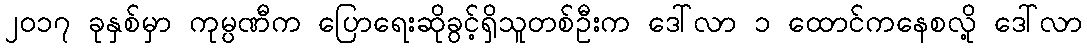
၂၀၁၇ ခုနှစ်မှာ ကုမ္ပဏီက ပြောရေးဆိုခွင့်ရှိသူတစ်ဦးက ဒေါ်လာ ၁ ထောင်ကနေစလို့ ဒေါ်လာ